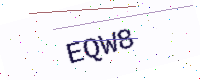
Text: EQW8